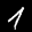
Label: 1